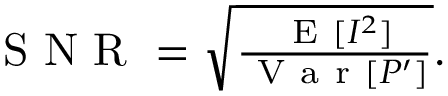
\begin{array} { r } { \mathrm { ~ S ~ N ~ R ~ } = \sqrt { \frac { \mathrm { ~ E ~ } [ I ^ { 2 } ] } { \mathrm { ~ V ~ a ~ r ~ } \left[ P ^ { \prime } \right] } } . } \end{array}